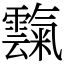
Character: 霼